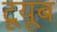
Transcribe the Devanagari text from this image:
टूयूब